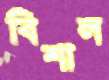
বিশাল